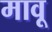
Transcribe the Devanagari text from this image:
मावू